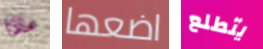
ماذا اضعها يتطلع